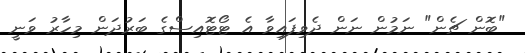
"ބޮން ޗެން" ނަމުން ނަން ދެވިފައިވާ އެ ޓޯޓޮއިސްގެ ބަރުދަން މިހާރު ވަނީ